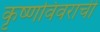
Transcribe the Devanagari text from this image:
कृष्णविवराची